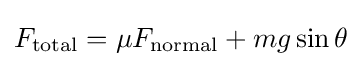
F_{\text{total}}=\mu F_{\text{normal}}+mg\sin \theta